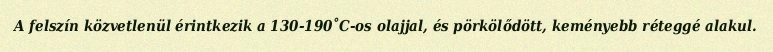
A felszín közvetlenül érintkezik a 130-190˚C-os olajjal, és pörkölődött, keményebb réteggé alakul.